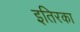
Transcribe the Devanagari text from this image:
इतिरका